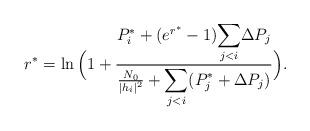
LaTeX: \begin{align*} r^* =\ln\Big( 1+\frac{P_i^*+(e^{r^*}-1)\displaystyle{\sum_{j<i}}\Delta P_j}{\frac{N_0}{|h_i|^2}+\displaystyle{\sum_{j<i}}(P_j^*+\Delta P_j)}\Big).\end{align*}